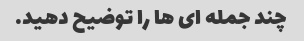
چند جمله ای ها را توضیح دهید.